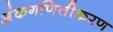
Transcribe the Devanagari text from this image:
अंकगणितीकरण